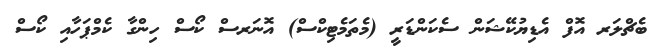
ބެޗްލަރ އޮފް އެޑިޔުކޭޝަން ސެކަންޑަރީ (މެތަމެޓިކްސް) އޮނަރސް ކޯސް ހިންގާ ކެމްޕަހާއި ކޯސް